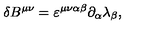
\delta B ^ { \mu \nu } = \varepsilon ^ { \mu \nu \alpha \beta } \partial _ { \alpha } \lambda _ { \beta } ,